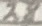
Text: 28